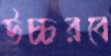
উচ্চরবে